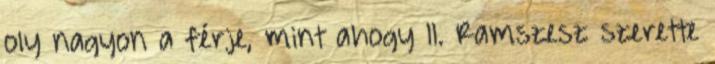
oly nagyon a férje, mint ahogy II. Ramszesz szerette